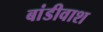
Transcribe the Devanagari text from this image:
बांडीवाश